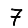
Digit: 7